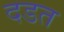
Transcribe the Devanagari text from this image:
दडत